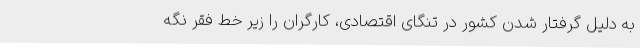
به دلیل گرفتار شدن کشور در تنگای اقتصادی، کارگران را زیر خط فقر نگه